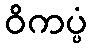
ဝိကပ္ပံ